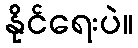
နိုင်ရေးပဲ။